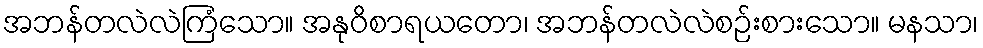
အဘန်တလဲလဲကြံသော။ အနုဝိစာရယတော၊ အဘန်တလဲလဲစဉ်းစားသော။ မနသာ၊